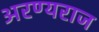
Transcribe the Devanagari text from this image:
अरण्यराज